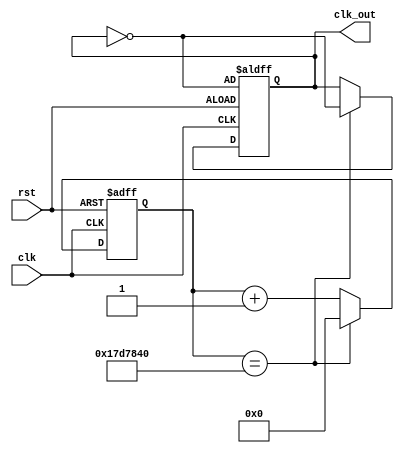
module clock_divider_2(input clk, input rst, output reg clk_out);
   reg [25:0] counter;
	initial 
		begin
			counter <= 26'd0;
			clk_out <= 1'b1;
		end
	always @(posedge clk or posedge rst)
	begin
		if(rst)
			begin
				counter <= 26'd0;
				clk_out <= ~clk_out;
			end	
		else
			if(counter == 26'd25000000) 
				begin
					counter <= 26'd0;
					clk_out <= ~clk_out;
				end
			else
				begin
					counter <= counter+1;
				end
	end	
endmodule